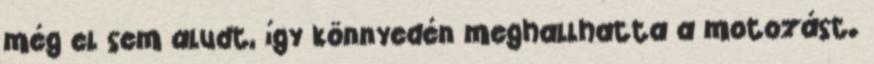
még el sem aludt, így könnyedén meghallhatta a motozást.